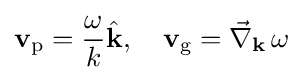
\mathbf {v} _{\rm {p}}={\frac {\omega }{k}}{\hat {\mathbf {k} }},\quad \mathbf {v} _{\rm {g}}={\vec {\nabla }}_{\mathbf {k} }\,\omega